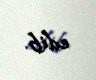
edib.